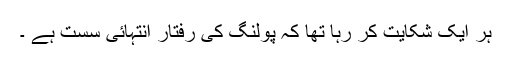
ہر ایک شکایت کر رہا تھا کہ پولنگ کی رفتار انتہائی سست ہے ۔